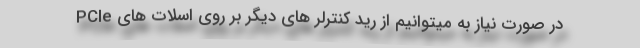
در صورت نیاز به میتوانیم از رید کنترلر های دیگر بر روی اسلات های PCIe